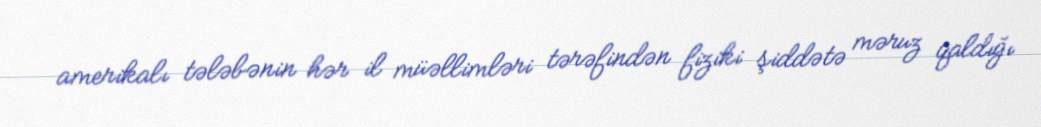
amerikalı tələbənin hər il müəllimləri tərəfindən fiziki şiddətə məruz qaldığı